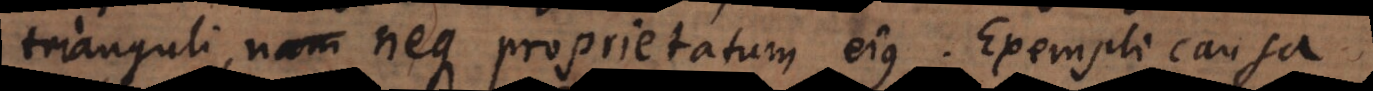
trianguli, neque proprietatum ejus. Exempli causa